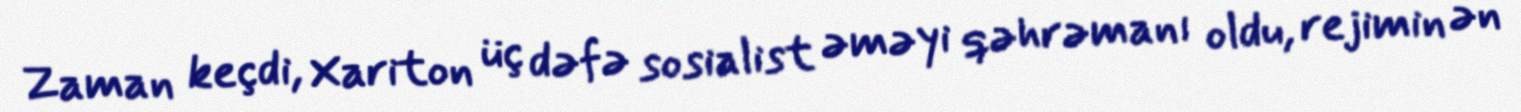
Zaman keçdi, Xariton üç dəfə sosialist əməyi qəhrəmanı oldu, rejimin ən